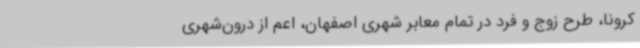
‌کرونا، طرح زوج و فرد در تمام معابر شهری اصفهان، اعم از درون‌شهری